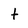
Character: t